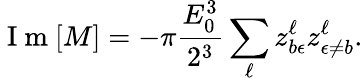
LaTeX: \mathrm{~I~m~}[M]=-\pi\frac{E_{0}^{3}}{2^{3}}\sum_{\ell}z_{b\epsilon}^{\ell}z_{\epsilon\neq b}^{\ell}.